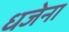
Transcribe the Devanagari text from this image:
धजेना